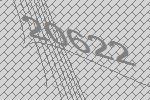
20622